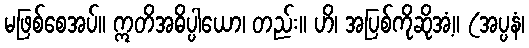
မဖြစ်စေအပ်။ ဣတိအဓိပ္ပါယော၊ တည်း။ ဟိ၊ အပြစ်ကိုဆိုအံ့။ (အပ္ပနံ၊